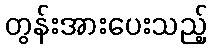
တွန်းအားပေးသည့်